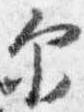
示